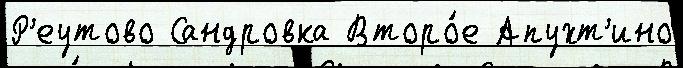
Р'еутово Сандровка Второ́е Апухт'ино